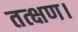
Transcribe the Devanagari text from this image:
तत्क्षण।